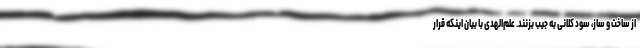
از ساخت و ساز، سود کلانی به جیب بزنند. علم‌الهدی با بیان اینکه قرار